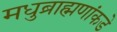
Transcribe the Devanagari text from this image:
मधुब्राह्मणांकडे